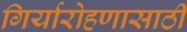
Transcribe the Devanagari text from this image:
गिर्यारोहणासाठी